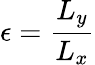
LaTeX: \epsilon=\frac{L_{y}}{L_{x}}